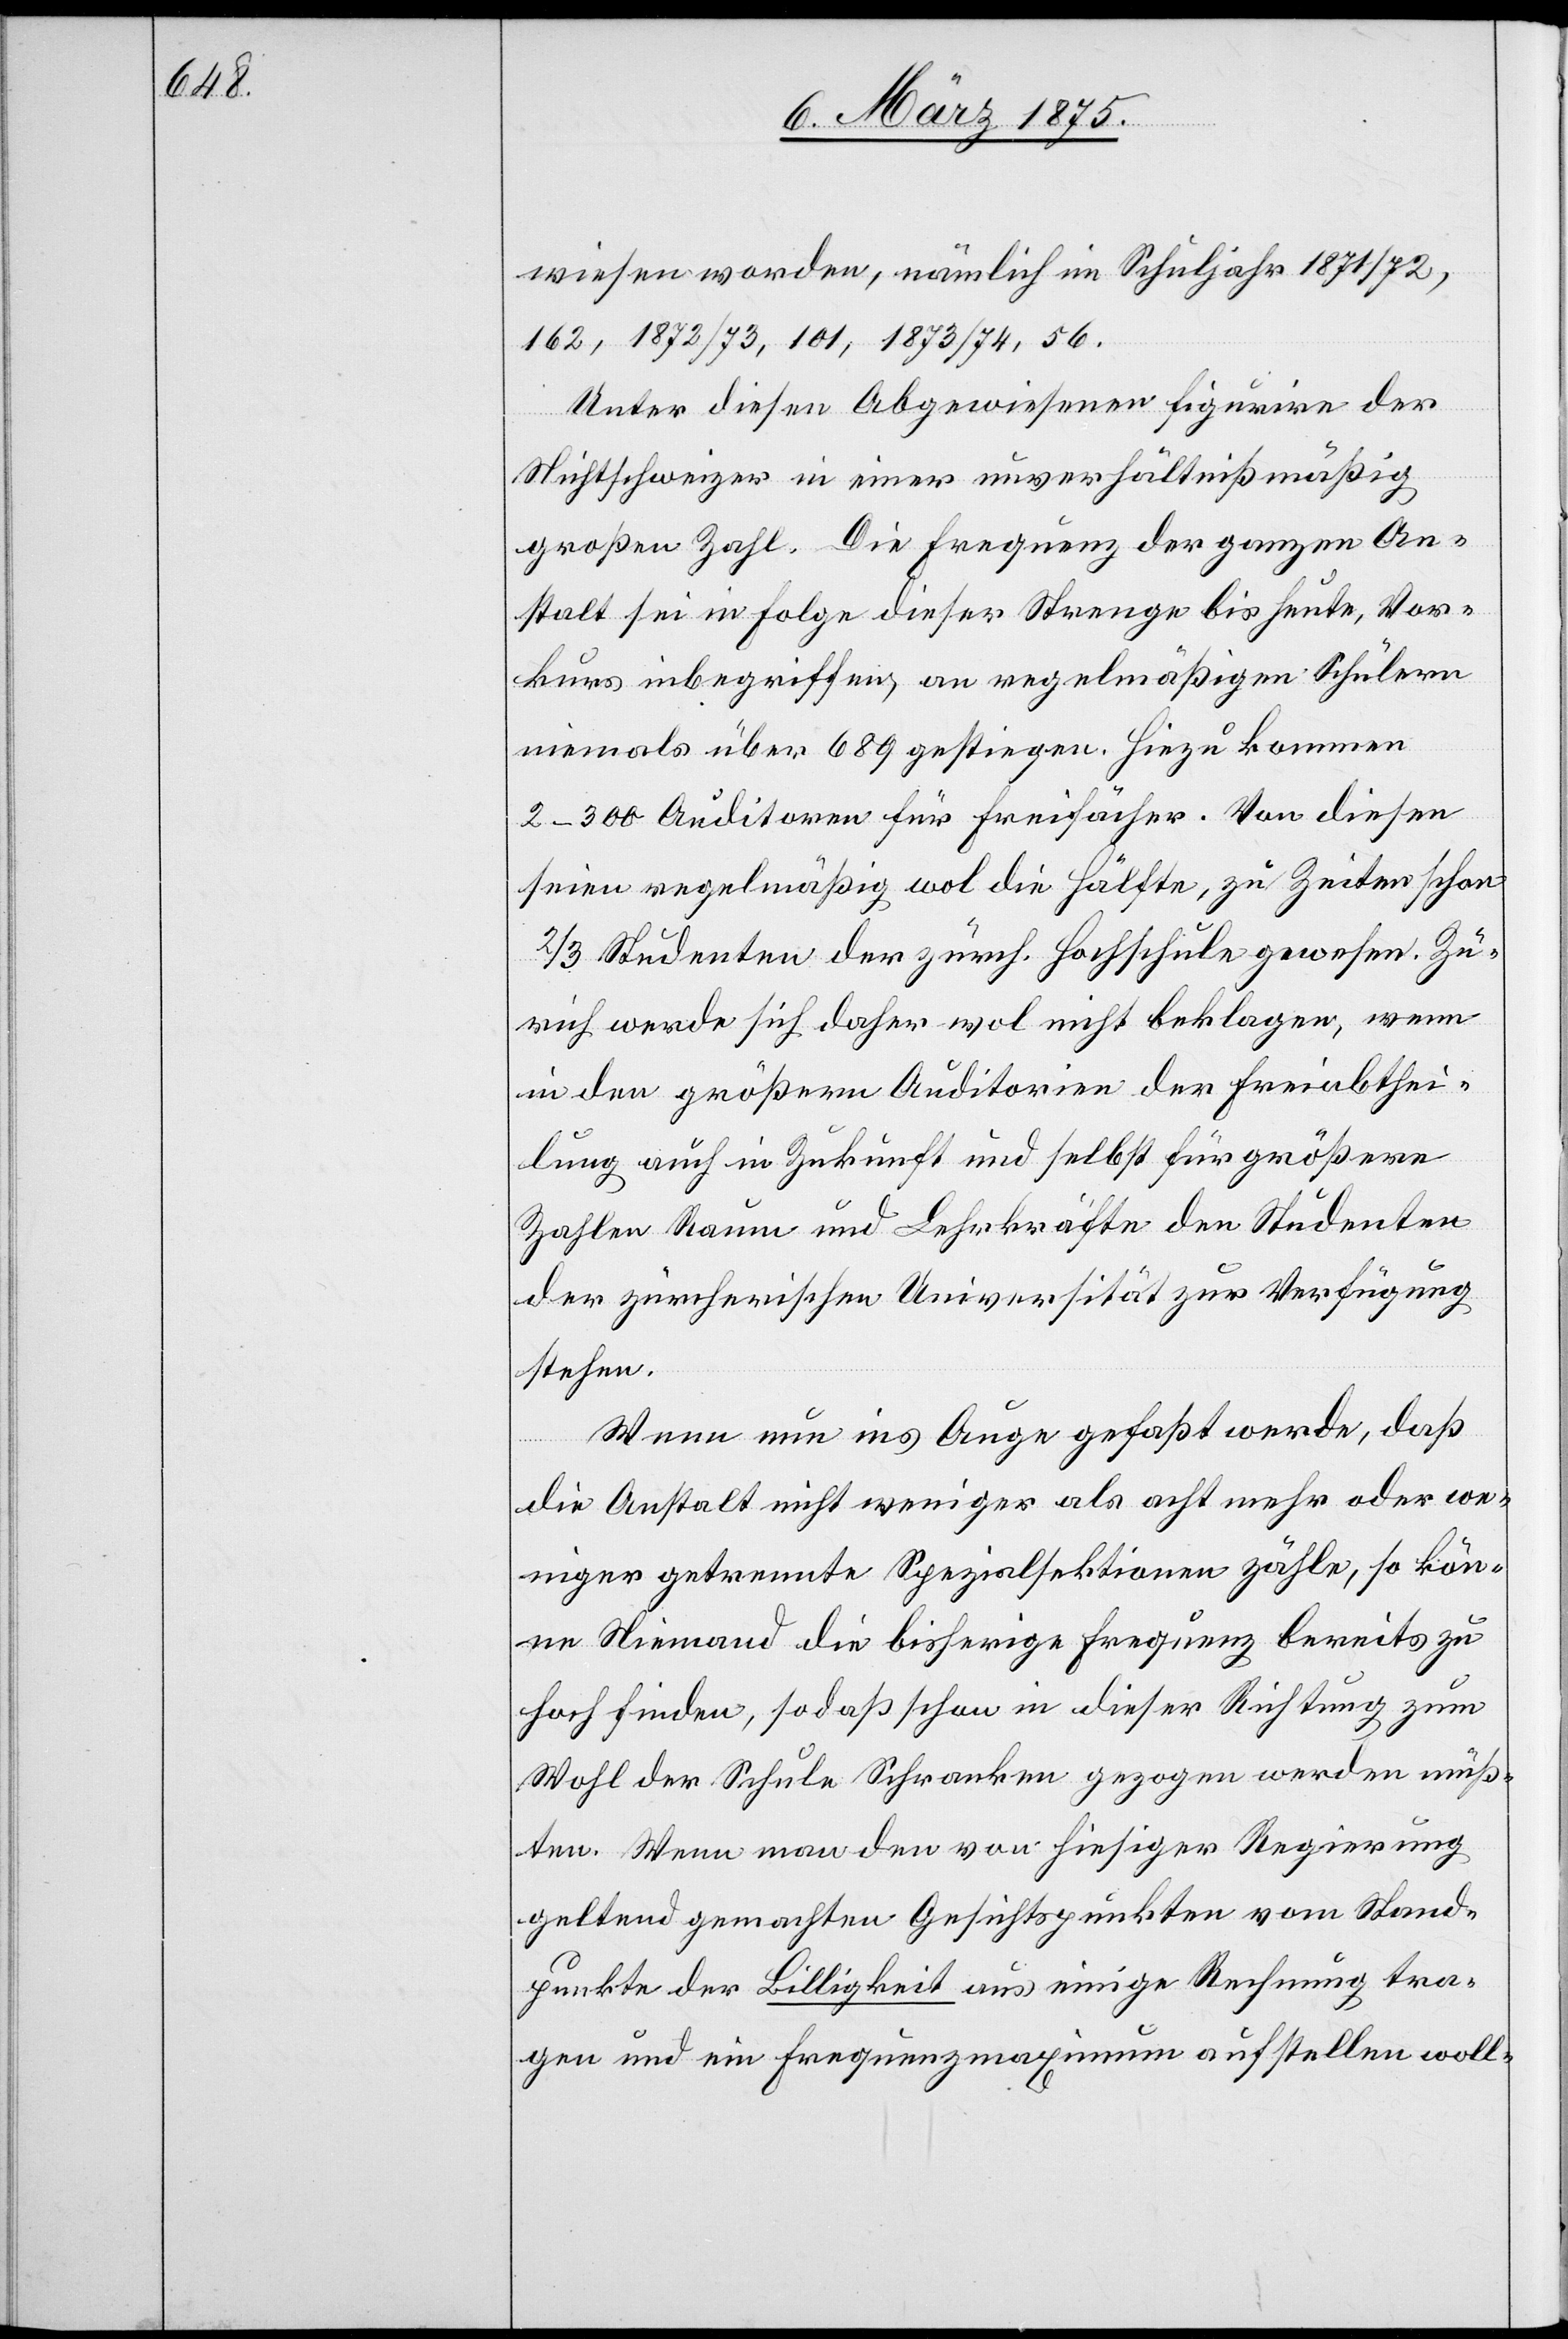
wiesen worden, nämlich im Schuljahr 1871/72,
162, 1872/73, 101, 1873/74, 56.
Unter diesen Abgewiesenen figurire der
Nichtschweizer in einer unverhältnißmäßig
großen Zahl. Die Frequenz der ganzen An¬
stalt sei in Folge dieser Strenge bis heute, Vor¬
kurs inbegriffen, an regelmäßigen Schülern
niemals über 689 gestiegen. Hinzu kommen
2–300 Auditoren für Freifächer. Von diesen
seien regelmäßig wol die Hälfte, zu Zeiten schon
2/3 Studenten der zürch. Hochschule gewesen. Zü¬
rich werde sich daher wol nicht beklagen, wenn
in den größern Auditorien der Freiabthei¬
lung auch in Zukunft und selbst für größere
Zahlen Raum und Lehrkräfte den Studenten
der zürcherischen Universität zur Verfügung
stehen.
Wenn nun ins Auge gefaßt werde, daß
die Anstalt nicht weniger als auch acht mehr oder we¬
niger getrennte Spezialsektionen zähle, so kön¬
ne Niemand die bisherige Frequenz bereits zu
hoch finden, so daß schon in dieser Richtung zum
Wohl der Schule Schranken gezogen werden müß¬
ten. Wenn man den von hiesiger Regierung
geltend gemachten Gesichtspunkten vom Stand¬
punkte der Billigkeit aus einige Rechnung tra¬
gen und ein Frequenzmaximum aufstellen woll-